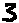
Text: 3